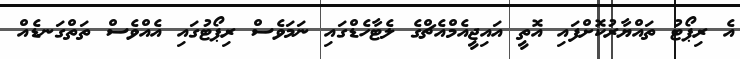
އެ ރިޕޯޓު ތައްޔާރުކޮށްފައި އޮތީ އައިޖީއެމްއެޗްގެ ލެޓާހެޑްގައި ނަމަވެސް ރިޕޯޓުގައި އެއްވެސް ތަތްގަނޑެއް